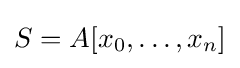
S=A[x_{0},\ldots ,x_{n}]